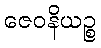
ဇေဝနိယဉ္စ